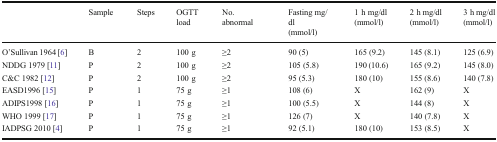
<table><thead><tr><td></td><td><b>Sample </b></td><td><b>Steps</b></td><td><b>OGTT load</b></td><td><b>No. abnormal</b></td><td><b>Fasting mg/dl (mmol/l)</b></td><td><b>1 h mg/dl (mmol/l)</b></td><td><b>2 h mg/dl (mmol/l)</b></td><td><b>3 h mg/dl (mmol/l)</b></td></tr></thead><tbody><tr><td>O’Sullivan 1964 [6]</td><td>B</td><td>2</td><td>100 g</td><td>≥2</td><td>90 (5)</td><td>165 (9.2)</td><td>145 (8.1)</td><td>125 (6.9)</td></tr><tr><td>NDDG 1979 [11]</td><td>P</td><td>2</td><td>100 g</td><td>≥2</td><td>105 (5.8)</td><td>190 (10.6)</td><td>165 (9.2)</td><td>145 (8.0)</td></tr><tr><td>C&amp;C 1982 [12]</td><td>P</td><td>2</td><td>100 g</td><td>≥2</td><td>95 (5.3)</td><td>180 (10)</td><td>155 (8.6)</td><td>140 (7.8)</td></tr><tr><td>EASD1996 [15]</td><td>P</td><td>1</td><td>75 g</td><td>≥1</td><td>108 (6)</td><td>X</td><td>162 (9)</td><td>X</td></tr><tr><td>ADIPS1998 [16]</td><td>P</td><td>1</td><td>75 g</td><td>≥1</td><td>100 (5.5)</td><td>X</td><td>144 (8)</td><td>X</td></tr><tr><td>WHO 1999 [17]</td><td>P</td><td>1</td><td>75 g</td><td>≥1</td><td>126 (7)</td><td>X</td><td>140 (7.8)</td><td>X</td></tr><tr><td>IADPSG 2010 [4]</td><td>P</td><td>1</td><td>75 g</td><td>≥1</td><td>92 (5.1)</td><td>180 (10)</td><td>153 (8.5)</td><td>X</td></tr></tbody></table>